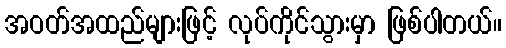
အဝတ်အထည်များဖြင့် လုပ်ကိုင်သွားမှာ ဖြစ်ပါတယ်။